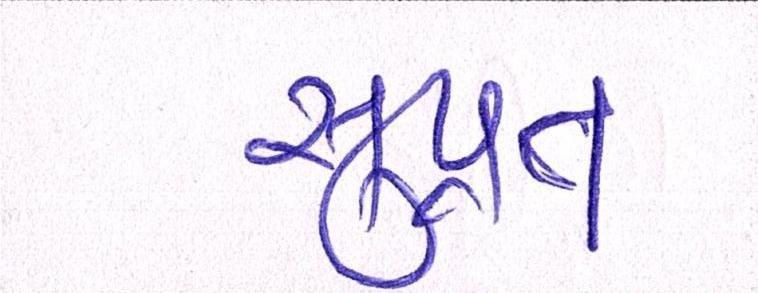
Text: સુપ્રત